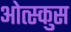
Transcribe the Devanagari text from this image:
ओत्स्कुस